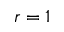
r = 1